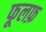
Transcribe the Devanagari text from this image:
फूलफ़